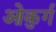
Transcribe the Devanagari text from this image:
ओकुर्ग